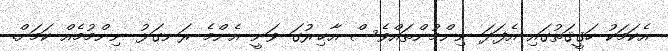
އެކަމަކު ހަޤީޤަތުގައި އެފަދަ ނިންމުންތައްވެސް އާޚިރުގަ ވަނީ އެންމެ ރަނގަޅު ނިންމުމެއް ކަމަށް.